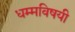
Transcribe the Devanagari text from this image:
धम्मविषयी